65_HS1-834228961_62-HQ-83894_Section_9
Agency: FBI
Page 156
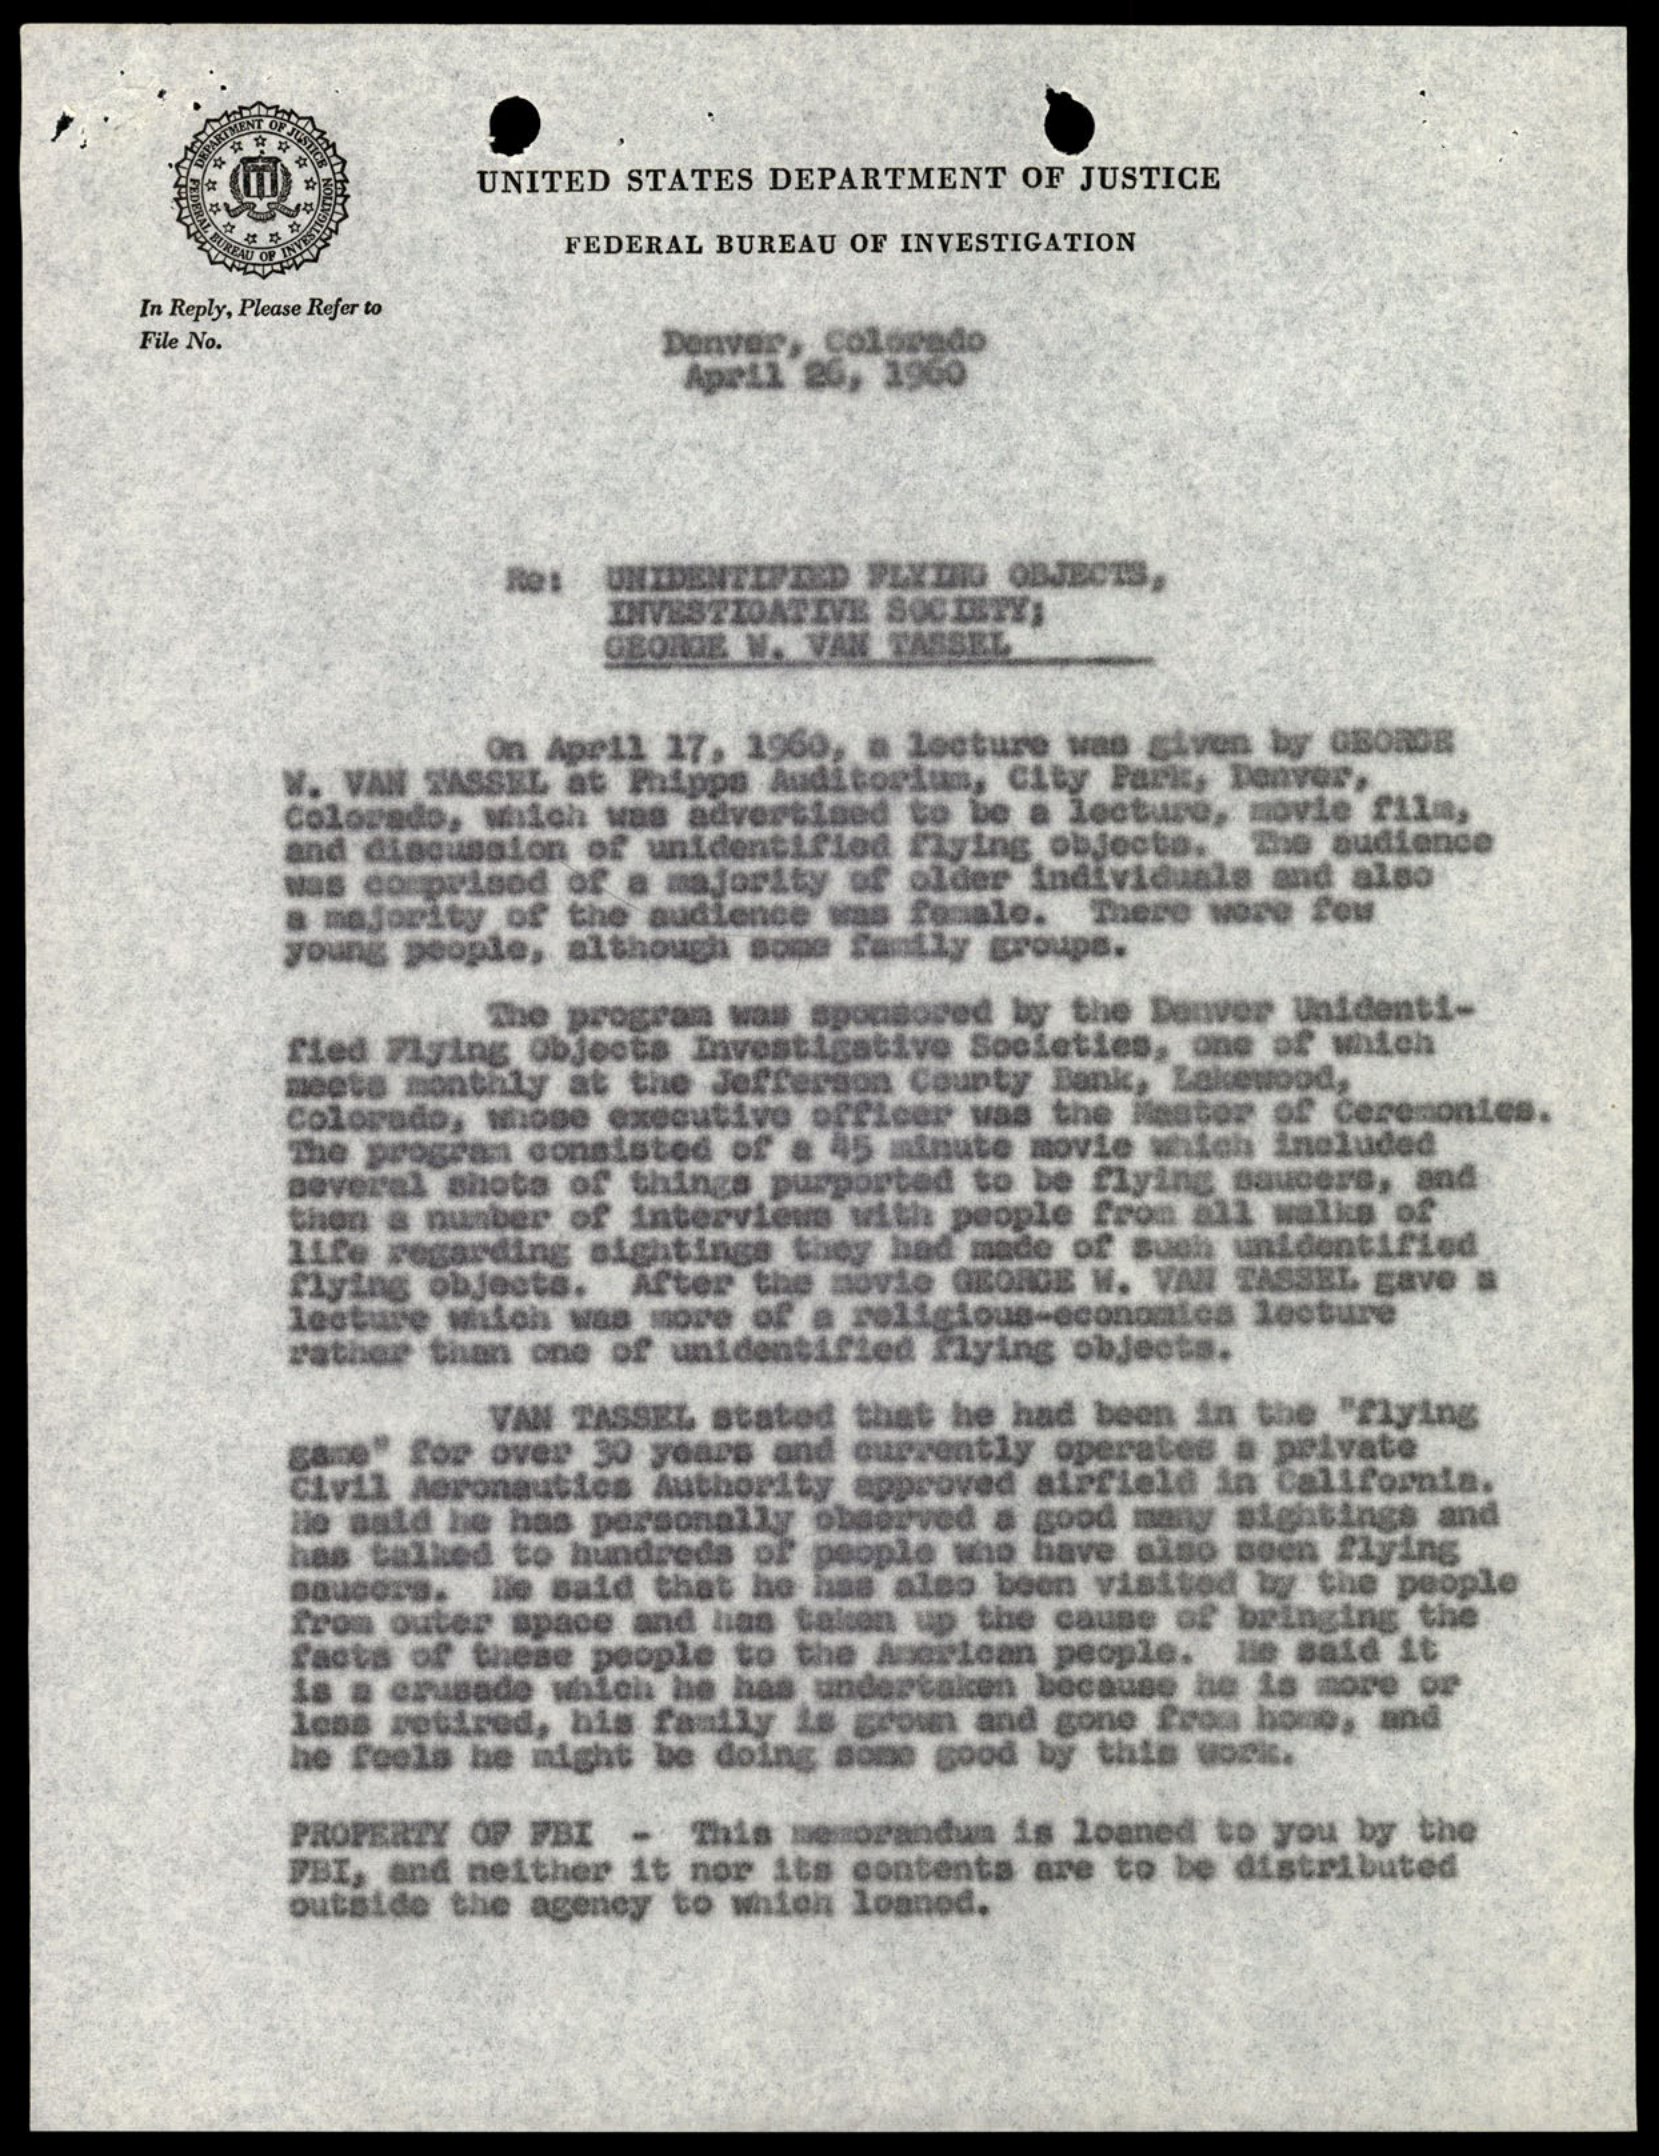